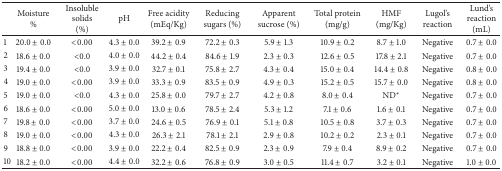
<table><thead><tr><td>[EMPTY_CELL]</td><td><b>Moisture%</b></td><td><b>Insoluble solids(%)</b></td><td><b>pH</b></td><td><b>Free acidity(mEq/Kg)</b></td><td><b>Reducingsugars (%)</b></td><td><b>Apparent sucrose (%)</b></td><td><b>Total protein(mg/g)</b></td><td><b>HMF(mg/Kg)</b></td><td><b>Lugol's reaction</b></td><td><b>Lund's reaction(mL)</b></td></tr></thead><tbody><tr><td>1</td><td>20.0 ± 0.0</td><td>&lt;0.00</td><td>4.3 ± 0.0</td><td>39.2 ± 0.9</td><td>72.2 ± 0.3</td><td>5.9 ± 1.3</td><td>10.9 ± 0.2</td><td>8.7 ± 1.0</td><td>Negative</td><td>0.7 ± 0.0</td></tr><tr><td>2</td><td>18.6 ± 0.0</td><td>&lt;0.0</td><td>4.0 ± 0.0</td><td>44.2 ± 0.4</td><td>84.6 ± 1.9</td><td>2.3 ± 0.3</td><td>12.6 ± 0.5</td><td>17.8 ± 2.1</td><td>Negative</td><td>0.7 ± 0.0</td></tr><tr><td>3</td><td>19.4 ± 0.0</td><td>&lt;0.0</td><td>3.9 ± 0.0</td><td>32.7 ± 0.1</td><td>75.8 ± 2.7</td><td>4.3 ± 0.4</td><td>15.0 ± 0.4</td><td>14.4 ± 0.8</td><td>Negative</td><td>0.8 ± 0.0</td></tr><tr><td>4</td><td>19.0 ± 0.0</td><td>&lt;0.00</td><td>3.9 ± 0.0</td><td>33.3 ± 0.9</td><td>83.5 ± 0.9</td><td>4.9 ± 0.3</td><td>15.2 ± 0.5</td><td>15.7 ± 0.0</td><td>Negative</td><td>0.8 ± 0.0</td></tr><tr><td>5</td><td>19.0 ± 0.0</td><td>&lt;0.0</td><td>4.3 ± 0.0</td><td>25.8 ± 0.0</td><td>79.7 ± 2.7</td><td>4.2 ± 0.8</td><td>8.0 ± 0.4</td><td>ND∗</td><td>Negative</td><td>0.7 ± 0.0</td></tr><tr><td>6</td><td>18.6 ± 0.0</td><td>&lt;0.00</td><td>5.0 ± 0.0</td><td>13.0 ± 0.6</td><td>78.5 ± 2.4</td><td>5.3 ± 1.2</td><td>7.1 ± 0.6</td><td>1.6 ± 0.1</td><td>Negative</td><td>0.7 ± 0.0</td></tr><tr><td>7</td><td>19.8 ± 0.0</td><td>&lt;0.00</td><td>3.7 ± 0.0</td><td>24.6 ± 0.5</td><td>76.9 ± 0.1</td><td>5.1 ± 0.8</td><td>10.5 ± 0.8</td><td>3.7 ± 0.3</td><td>Negative</td><td>0.7 ± 0.0</td></tr><tr><td>8</td><td>19.0 ± 0.0</td><td>&lt;0.00</td><td>4.3 ± 0.0</td><td>26.3 ± 2.1</td><td>78.1 ± 2.1</td><td>2.9 ± 0.8</td><td>10.2 ± 0.2</td><td>2.3 ± 0.1</td><td>Negative</td><td>0.7 ± 0.0</td></tr><tr><td>9</td><td>18.8 ± 0.0</td><td>&lt;0.00</td><td>3.9 ± 0.0</td><td>22.2 ± 0.4</td><td>82.5 ± 0.9</td><td>2.3 ± 0.9</td><td>7.9 ± 0.4</td><td>8.9 ± 0.2</td><td>Negative</td><td>0.7 ± 0.0</td></tr><tr><td>10</td><td>18.2 ± 0.0</td><td>&lt;0.00</td><td>4.4 ± 0.0</td><td>32.2 ± 0.6</td><td>76.8 ± 0.9</td><td>3.0 ± 0.5</td><td>11.4 ± 0.7</td><td>3.2 ± 0.1</td><td>Negative</td><td>1.0 ± 0.0</td></tr></tbody></table>